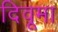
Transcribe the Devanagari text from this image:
दिवूमा